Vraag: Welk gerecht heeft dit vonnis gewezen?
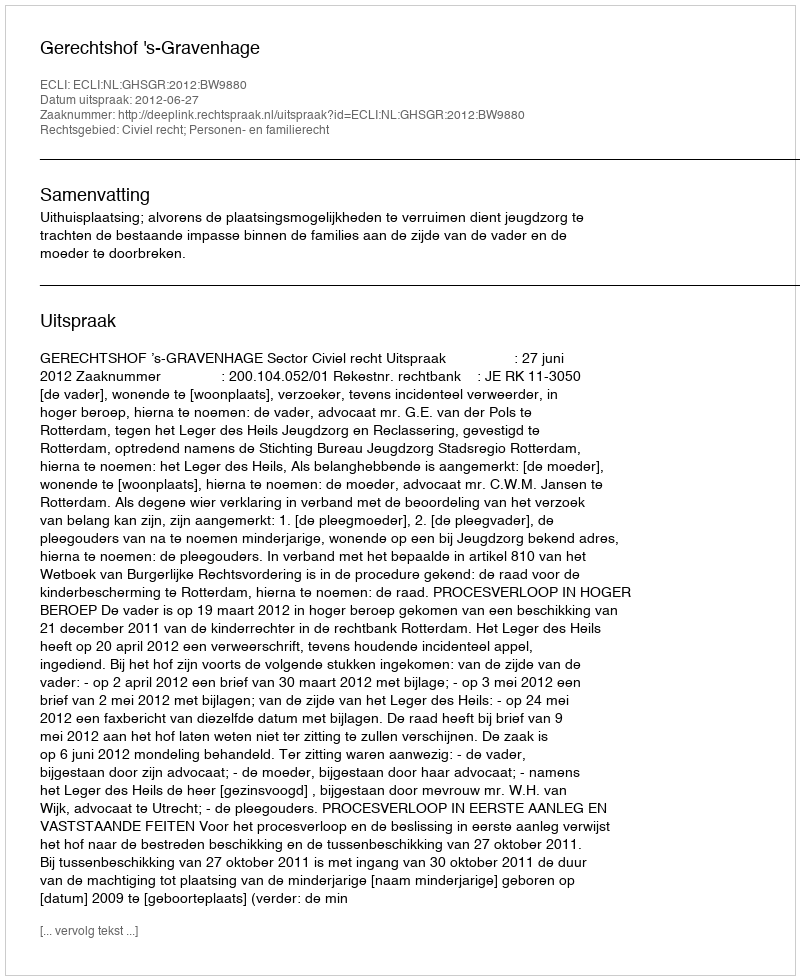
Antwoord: Gerechtshof 's-Gravenhage